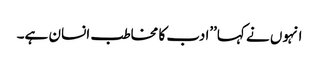
انہوں نے کہا’’ادب کا مخاطب انسان ہے۔